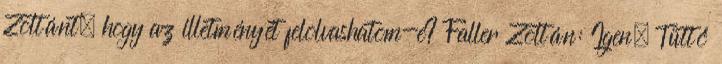
Zoltánt, hogy az illetményét felolvashatom-e? Faller Zoltán: Igen. Tüttő